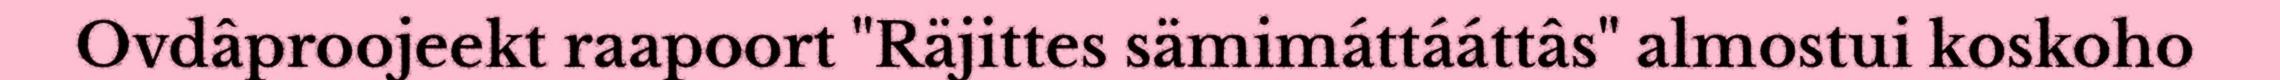
Ovdâproojeekt raapoort "Räjittes sämimáttááttâs" almostui koskoho